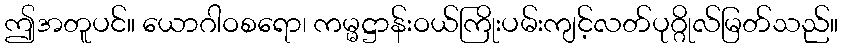
ဤအတူပင်။ ယောဂါဝစရော၊ ကမ္မဋ္ဌာန်းဝယ်ကြိုးပမ်းကျင့်လတ်ပုဂ္ဂိုလ်မြတ်သည်။